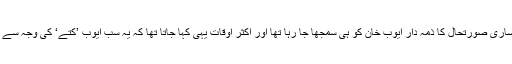
اس ساری صورتحال کا ذمہ دار ایوب خان کو ہی سمجھا جا رہا تھا اور اکثر اوقات یہی کہا جاتا تھا کہ یہ سب ایوب ’کتے‘ کی وجہ سے ہے۔